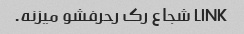
LINK شجاع رک رحرفشو میزنه.